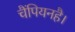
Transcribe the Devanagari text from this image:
चैंपियनहै।